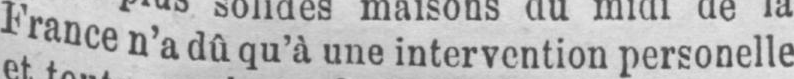
Francen’a dûqu’à uneinterventionpersonelle